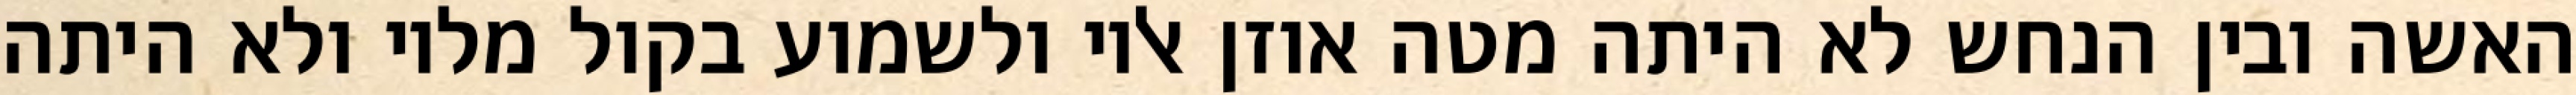
האשה ובין הנחש לא היתה מטה אוזן אליו ולשמוע בקול מליו ולא היתה